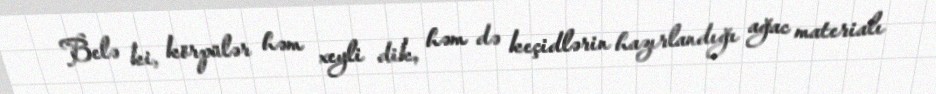
Belə ki, körpülər həm xeyli dik, həm də keçidlərin hazırlandığı ağac materialı